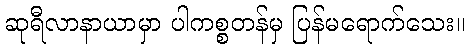
ဆုရီလာနာယာမှာ ပါကစ္စတန်မှ ပြန်မရောက်သေး။